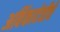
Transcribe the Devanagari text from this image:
अबिंकादेवीचे